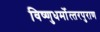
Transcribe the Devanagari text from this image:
विष्‍णुधर्मोत्‍तरपुराण